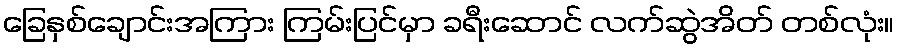
ခြေနှစ်ချောင်းအကြား ကြမ်းပြင်မှာ ခရီးဆောင် လက်ဆွဲအိတ် တစ်လုံး။